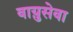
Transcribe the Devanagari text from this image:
वाय़ुसेवा